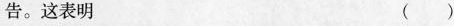
告。这表明 ( )